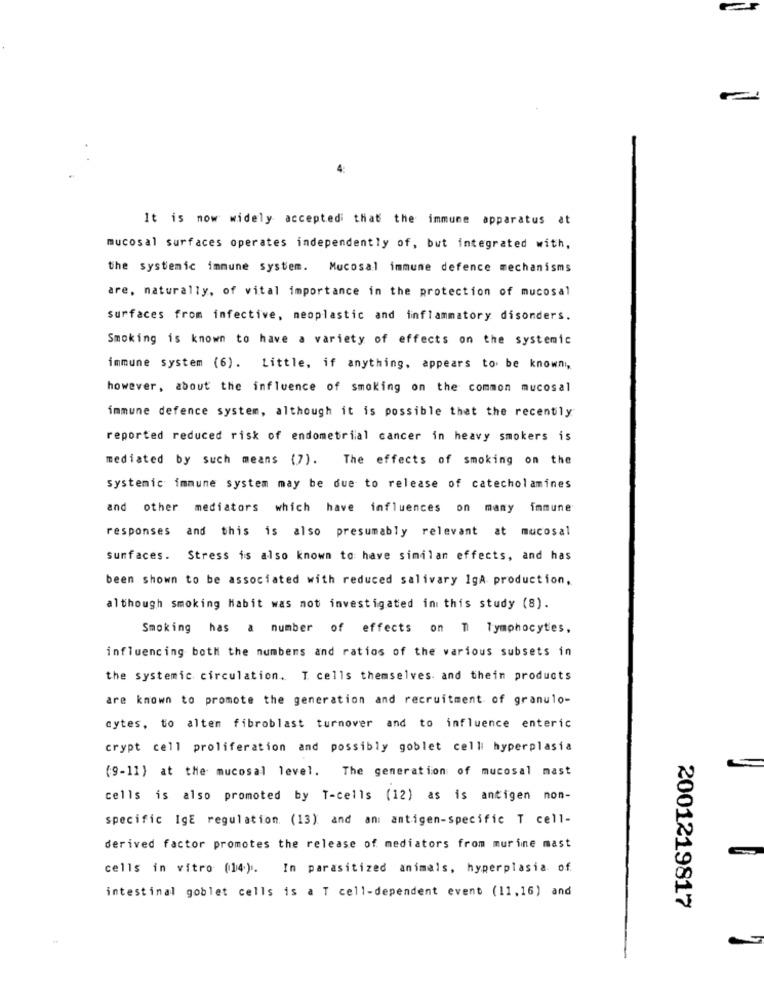
4:
It is now widely accepted that the immune apparatus at
mucosal surfaces operates independently of, but integrated with,
the systemic immune system. Mucosal immune defence mechanisms
are, naturally, of vital importance in the protection of mucosal
surfaces from infective, neoplastic and inflammatory disonders.
Smoking is known to have a variety of effects on the systemic
immune system (6). Little, if anything. appears to be known,
however, about the influence of smoking on the common mucosal
immune defence system, although it is possible that the recently
reported reduced risk of endometrial cancer in heavy smokers is
mediated by such means (7). The effects of smoking on the
systemic immune system may be due to release of catecholamines
and other mediators which have influences on many immune
responses
and this is also presumably relevant at mucosal
surfaces. Stress is also known to have similan effects, and has
been shown to be associated with reduced salivary IgA production.
although smoking Habit was not investigated in this study (8).
Smoking has a number of effects on T lymphocytes,
influencing both the numbers and ratios of the various subsets in
the systemic circulation. T cells themselves. and thein products
are known to promote the generation and recruitment of granulo-
cytes, to alten fibroblast turnover and to influence enteric
crypt cell proliferation and possibly goblet celli hyperplasia
(9-11) at the mucosal level. The generation of mucosal mast
cells is also promoted by T-cells (12) as is antigen non-
specific IgE regulation. (13) and an: antigen-specific T cell-
derived factor promotes the release of mediators from murine mast
cells in vitro (14). In parasitized animals, hyperplasia of
intestinal goblet cells is a T cell-dependent event (11,16) and
2001219817